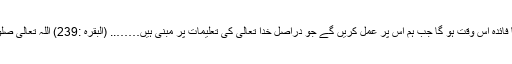
حضرت مسیح موعود کی تعلیمات کا فائدہ اس وقت ہو گا جب ہم اس پر عمل کریں گے جو دراصل خدا تعالیٰ کی تعلیمات پر مبنی ہیں…….. (البقرہ :239) اللہ تعالیٰ صلوۃ وسطی کی حفاظت کا فرماتا ہے ۔